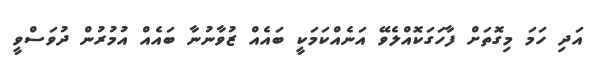
އަދި ހަމަ މިގޮތަށް ފާހަގަކޮއްލެވޭ އަނެއްކަމަކީ ބައެއް ޒުވާނުނާ ބައެއް އުމުރުން ދުވަސްވީ